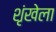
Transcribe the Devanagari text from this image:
शृंखेला